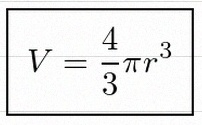
V=\frac43\pi r^3